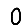
Digit: 0